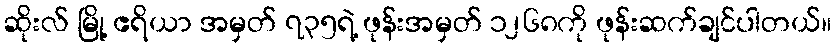
ဆိုးလ် မြို့ ဧရိယာ အမှတ် ၇၃၅ရဲ့ ဖုန်းအမှတ် ၁၂၆၈ကို ဖုန်းဆက်ချင်ပါတယ်။